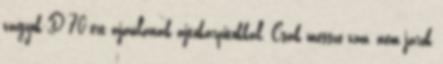
vagyok:D 70-ért ajánlanak ajtókárpitokkal. Csak messze van, nem járok